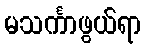
မသင်္ကာဖွယ်ရာ